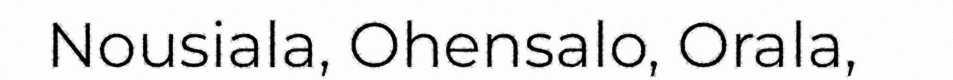
Nousiala, Ohensalo, Orala,